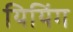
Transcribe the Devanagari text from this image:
यियिंग